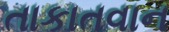
તાકાતવાન